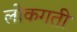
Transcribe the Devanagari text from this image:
लोकगती